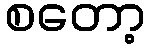
စတော့